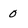
Character: 0